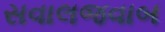
સવાલજવાબ